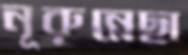
নূরুন্নেছা